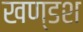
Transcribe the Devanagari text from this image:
खण्डश